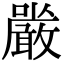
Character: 𭌔